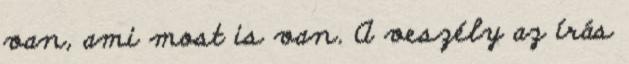
van, ami most is van. A veszély az írás